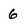
Character: 6